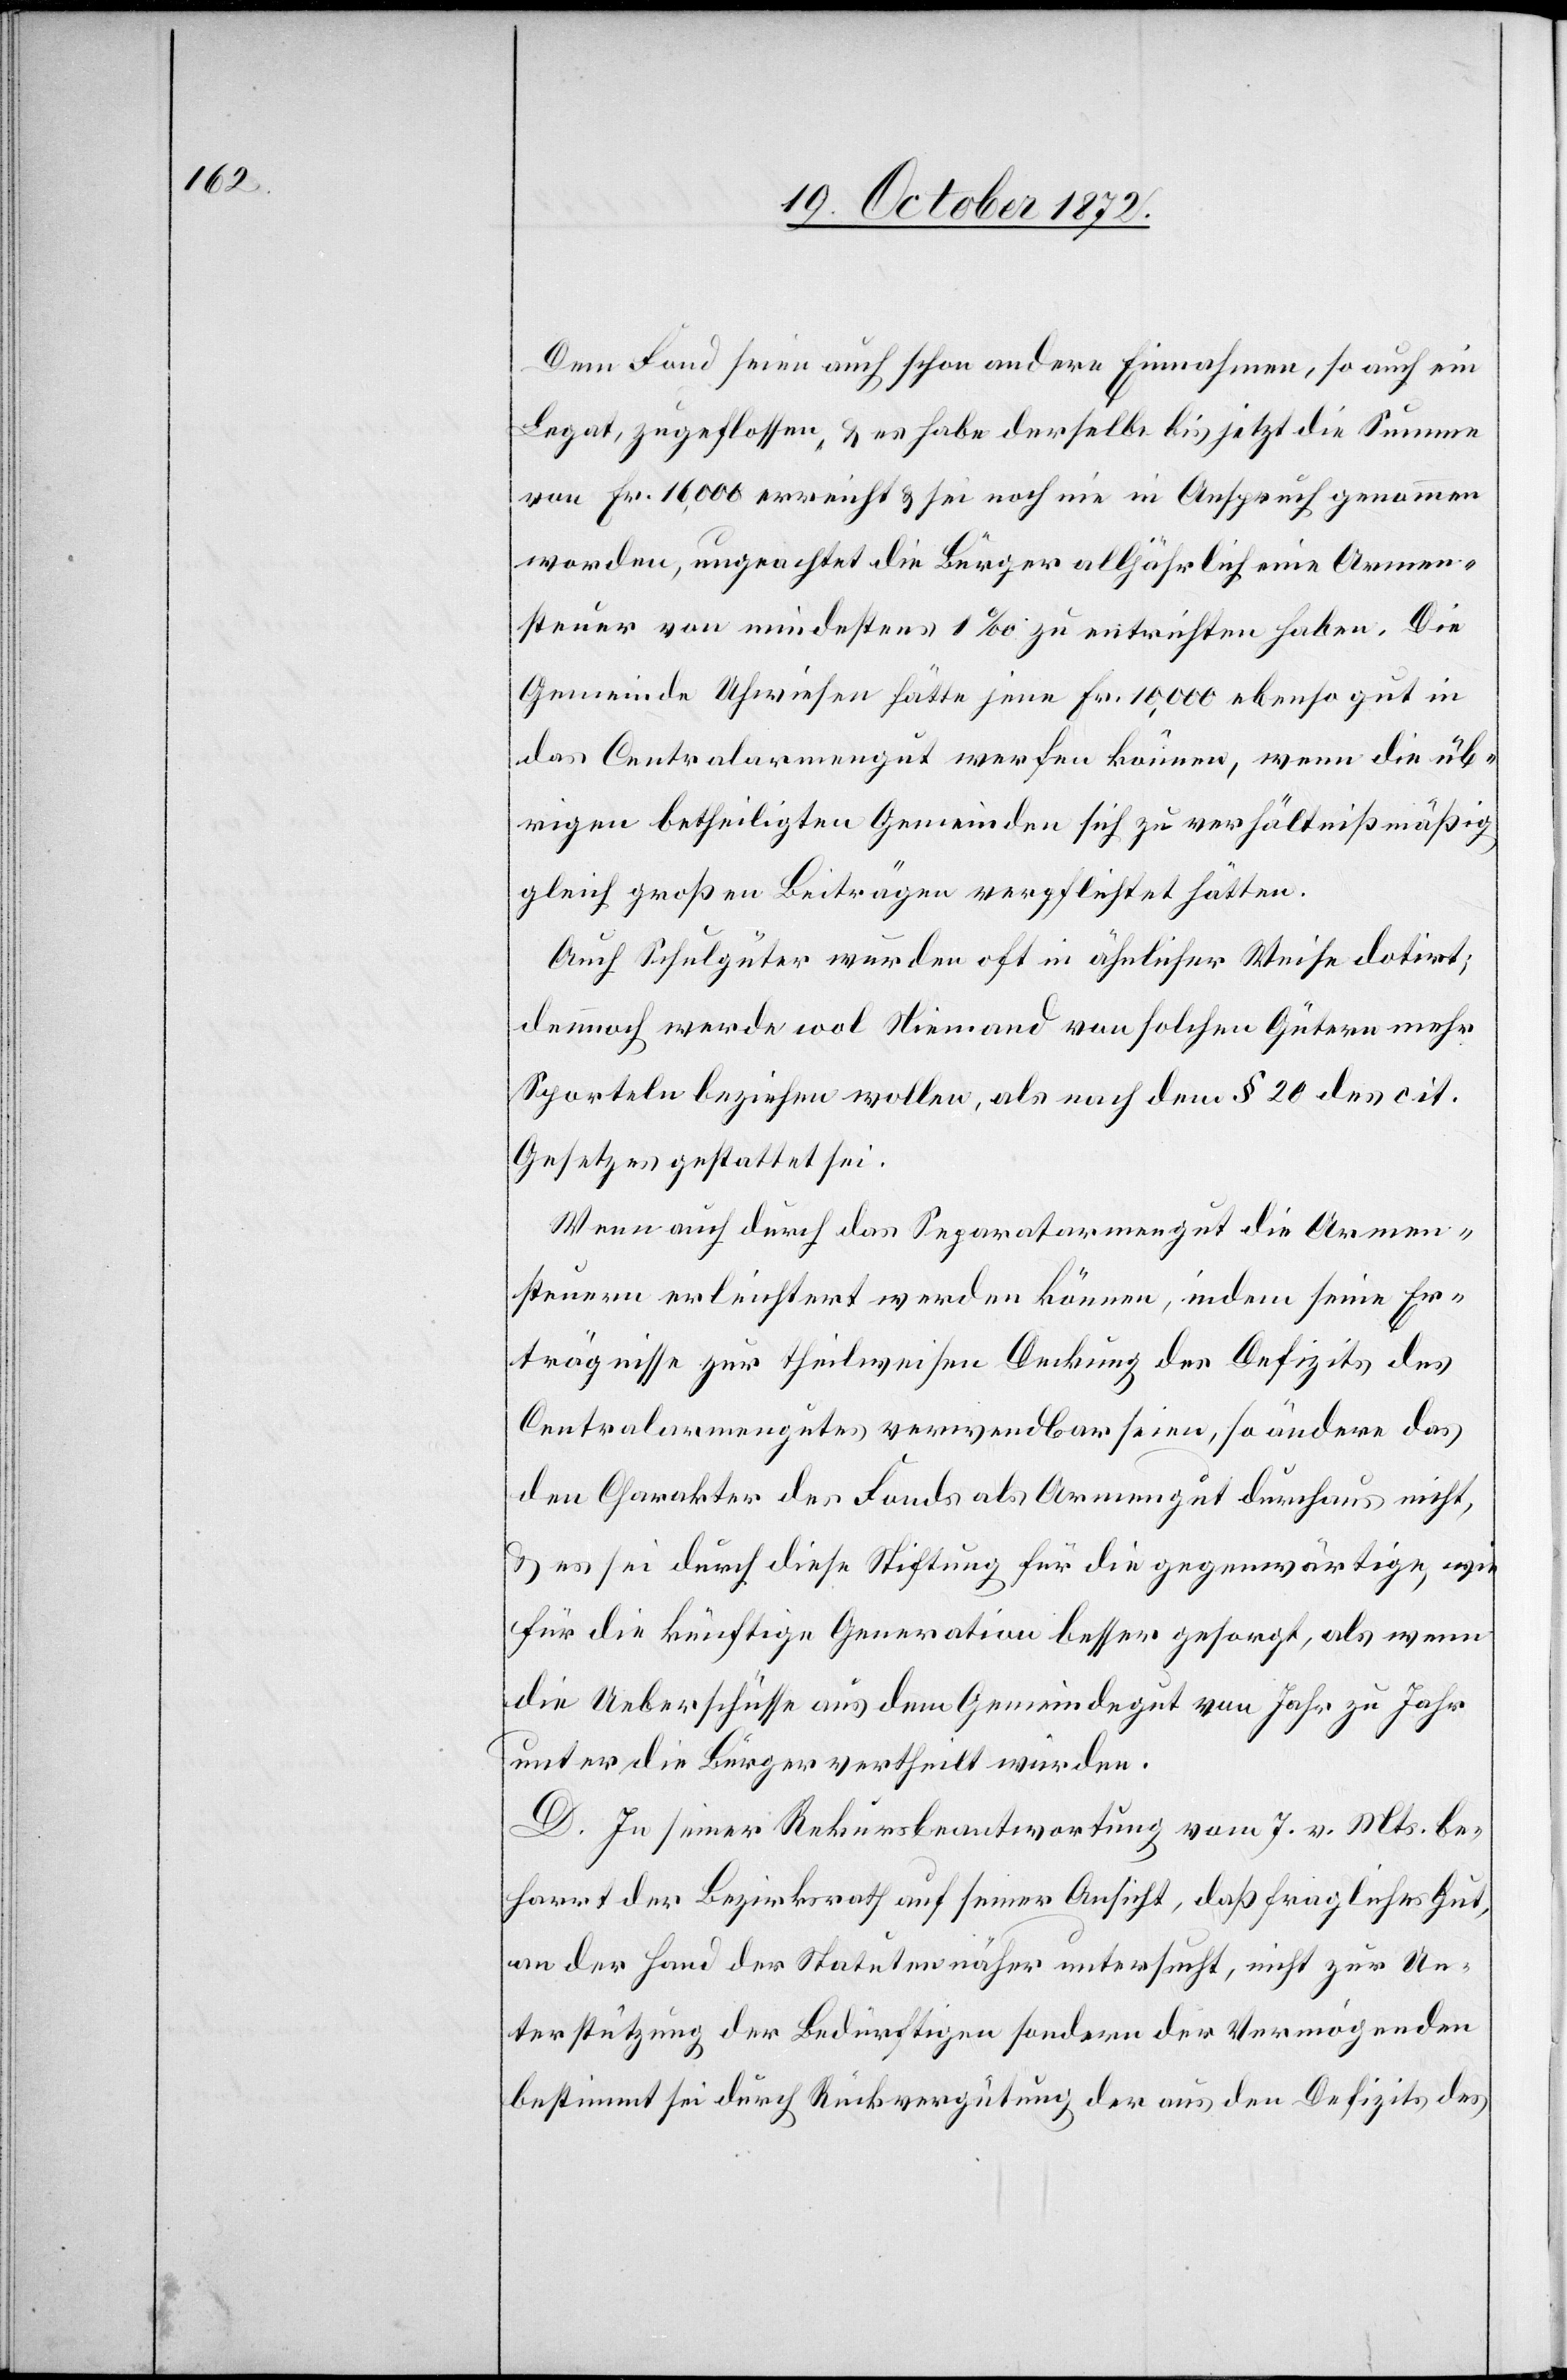
Dem Fond seien auch schon andere Einnahmen, so auch ein
Legat, zu geflossen, u. es habe derselbe bis jetzt die Summe
von Fr. 16,000 erreicht u. sei noch nie in Anspruch genommen
worden, ungeachtet die Bürger alljährlich eine Armen¬
steuer von mindestens 1‰ zu entrichten haben. Die
Gemeinde Uhwiesen hätte jene Fr. 10,000 ebenso gut in
das Centralarmengut werfen können, wenn die üb¬
rigen betheiligten Gemeinden sich zu verhältnißmäßig
gleich großen Beiträgen verpflichtet hätten.
Auch Schulgüter wurden oft in ähnlicher Weise dotirt;
dennoch werde wol Niemand von solchen Gütern mehr
Sporteln beziehen wollen, als nach dem § 20 des cit.
Gesetzes gestattet sei.
Wenn auch durch das Separatarmengut die Armen¬
steuern erleichtert werden können, indem seine Er¬
trägnisse zur theilweisen Deckung des Defizits des
Centralarmengutes verwendbar seien, so ändere das
den Charakter des Fonds als Armengut durchaus nicht,
u. es sei durch diese Stiftung für die gegenwärtige, wie
für die künftige Generation besser gesorgt, als wenn
die Ueberschüsse aus dem Gemeindegut von Jahr zu Jahr
unter die Bürger vertheilt würden.
D. In seiner Rekursbeantwortung vom 7. v. Mts. be¬
harrt der Bezirksrath auf seiner Ansicht, daß fragliches Gut,
an der Hand der Statuten näher untersucht, nicht zur Un¬
terstützung der Bedürftigen sondern der Vermögenden
bestimmt sei durch Rückvergütung der aus den Defizits des